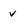
Character: v